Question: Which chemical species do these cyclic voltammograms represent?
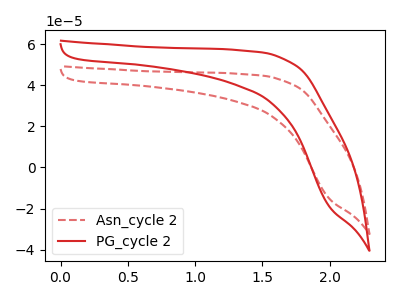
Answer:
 <answer>The red dashed curve is labeled "Asn_cycle 2". The red curve is labeled "PG_cycle 2".</answer>
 <eval></eval>